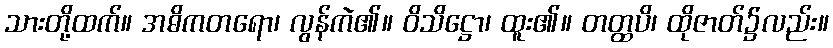
သားတို့ထက်။ အဓိကတရော၊ လွန်ကဲ၏။ ဝိသိဋ္ဌော၊ ထူး၏။ တတ္ထပိ၊ ထိုဇာတ်၌လည်း။